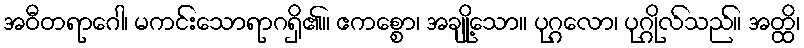
အဝီတရာဂေါ၊ မကင်းသောရာဂရှိ၏။ ဧကစ္စော၊ အချို့သော။ ပုဂ္ဂလော၊ ပုဂ္ဂိုလ်သည်။ အတ္ထိ၊